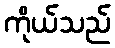
ကိုယ်သည်